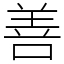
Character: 善